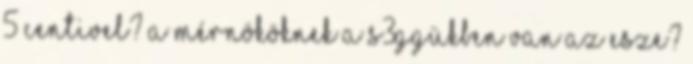
5 centivel? A mérnököknek a s3ggükben van az esze?